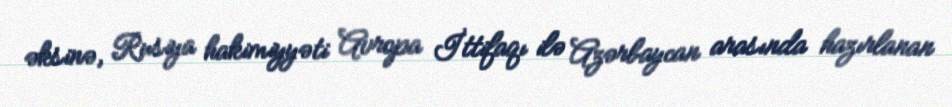
əksinə, Rusiya hakimiyyəti Avropa İttifaqı ilə Azərbaycan arasında hazırlanan